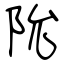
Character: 阭